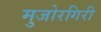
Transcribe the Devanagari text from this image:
मुजोरगिरी